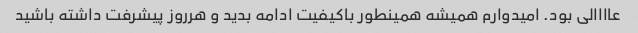
عاااالی بود. امیدوارم همیشه همینطور باکیفیت ادامه بدید و هرروز پیشرفت داشته باشید